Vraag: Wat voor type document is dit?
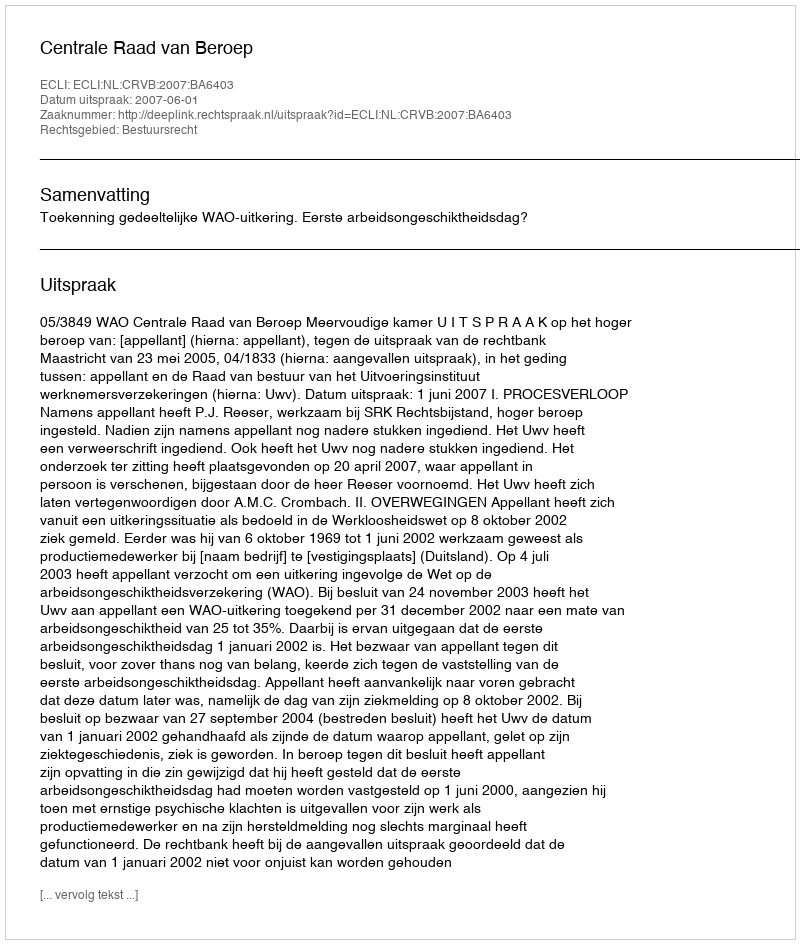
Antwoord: Uitspraak